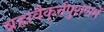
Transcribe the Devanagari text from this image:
ब्रह्मवैक्‌र्त्तपुराणमें